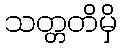
သတ္တတိမှိ